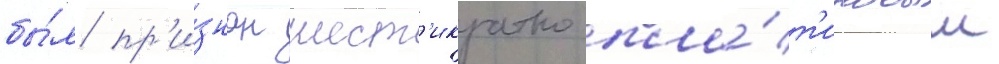
бы́л пр'и́знан шест'икратно пла́т'иновым